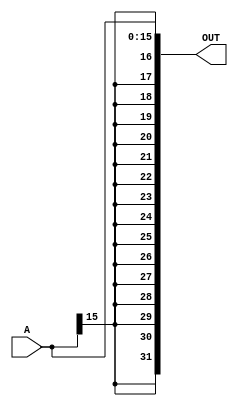
`timescale 1ns / 1ps


module sign_extender(
    input [15:0] A,
    output reg [31:0] OUT
    );
always@(*)
 
begin
OUT[15:0] = A;
OUT[31:16] = {16{A[15]}};
end 

endmodule